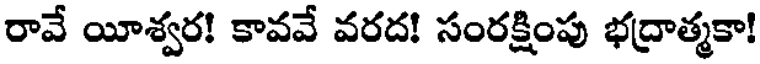
రావే యీశ్వర! కావవే వరద! సంరక్షింపు భద్రాత్మకా!